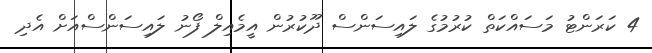
4 ކަރަންޓު މަސައްކަތް ކުރުމުގެ ލައިސަންސް ދޫކުރުން އީމެއިލް ފޯނު ލައިސަންސްއަށް އެދި